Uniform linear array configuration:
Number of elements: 48
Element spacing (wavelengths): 0.25
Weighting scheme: hann
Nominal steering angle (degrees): -45
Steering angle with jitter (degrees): -43.535
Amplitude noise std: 0.05
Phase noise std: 0.05

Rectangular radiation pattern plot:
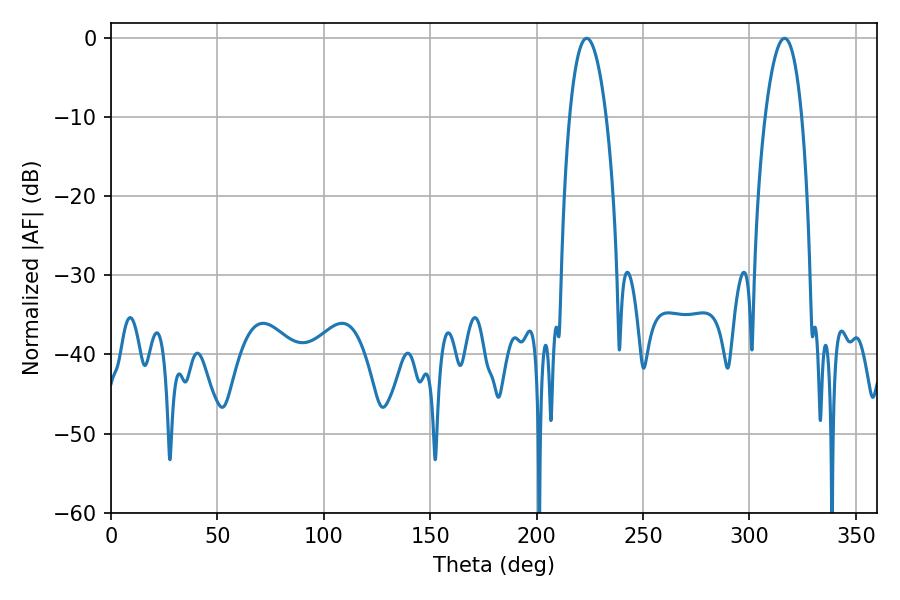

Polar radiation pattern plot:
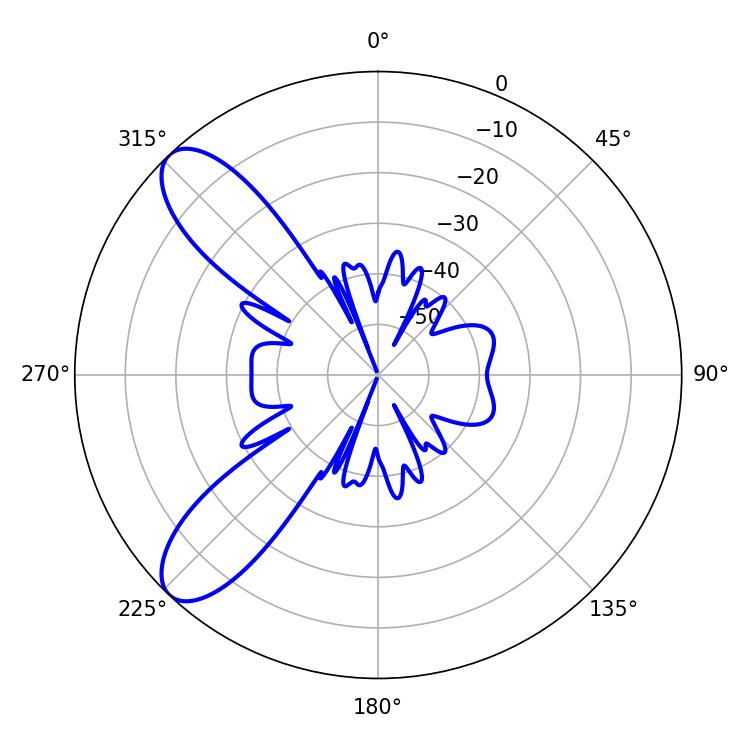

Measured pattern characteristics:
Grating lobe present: FALSE
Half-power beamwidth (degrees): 9.54
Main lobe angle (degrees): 223.56